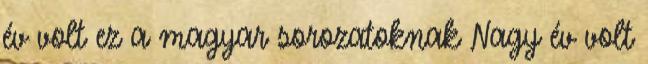
év volt ez a magyar sorozatoknak Nagy év volt